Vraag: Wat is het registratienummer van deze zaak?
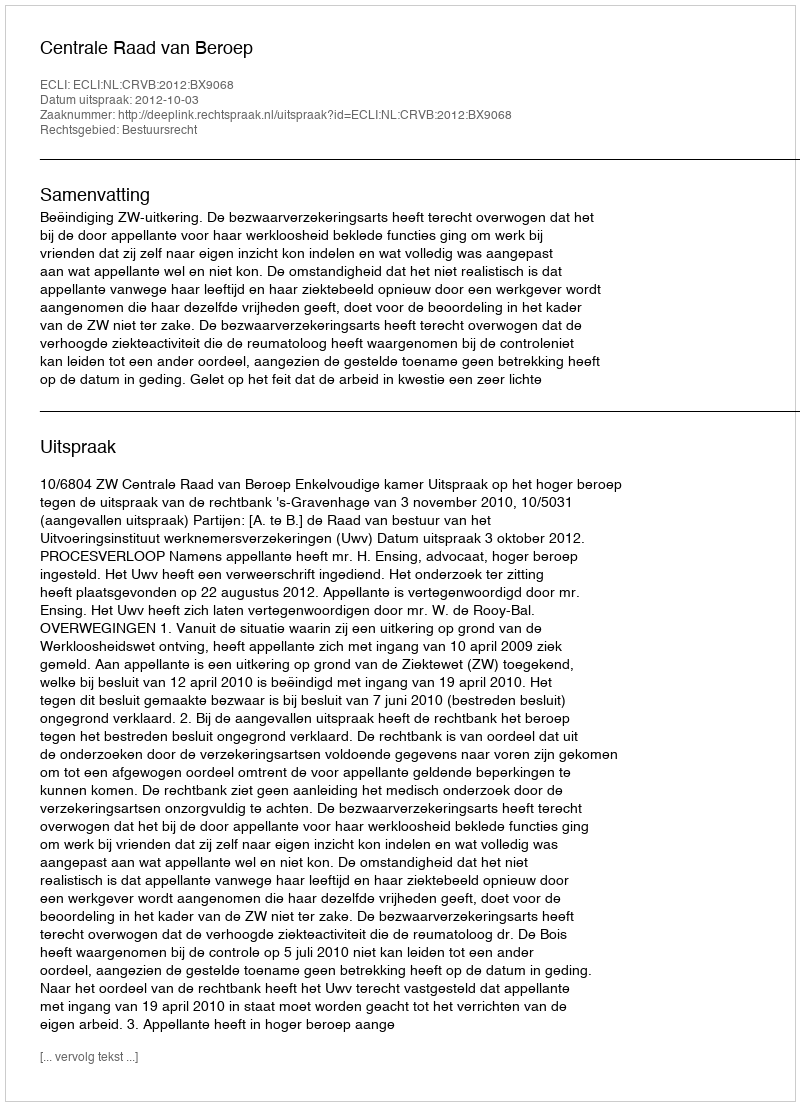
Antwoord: http://deeplink.rechtspraak.nl/uitspraak?id=ECLI:NL:CRVB:2012:BX9068